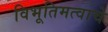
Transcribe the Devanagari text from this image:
विभूतिमत्वाचे